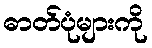
ဓာတ်ပုံများကို